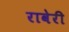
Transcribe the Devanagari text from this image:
रावेरी